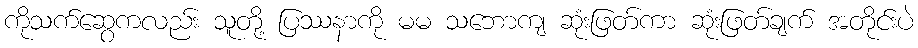
ကိုသက်ဆွေကလည်း သူတို့ ပြဿနာကို မမ သဘောကျ ဆုံးဖြတ်ကာ ဆုံးဖြတ်ချက် အတိုင်းပဲ